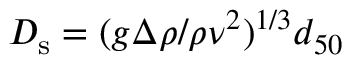
D _ { \mathrm { s } } = ( g \Delta \rho / \rho \nu ^ { 2 } ) ^ { 1 / 3 } d _ { 5 0 }